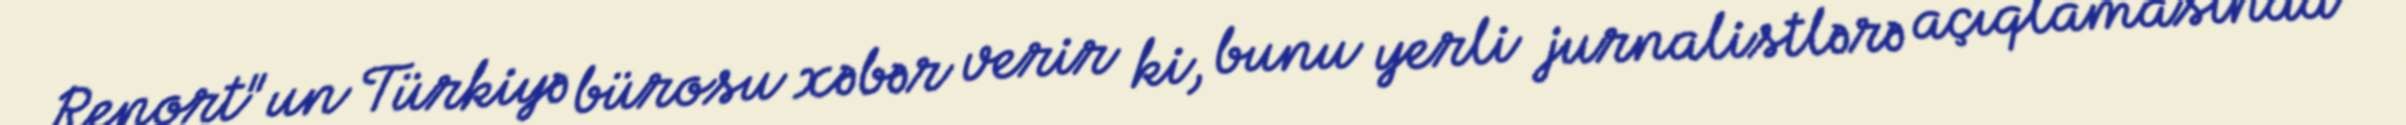
Report"un Türkiyə bürosu xəbər verir ki, bunu yerli jurnalistlərə açıqlamasında